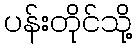
ပန်းတိုင်သို့